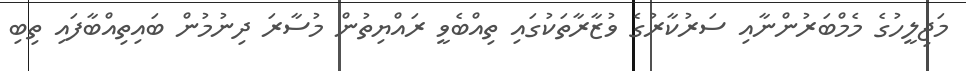
މަޖިލީހުގެ މެމްބަރުންނާއި ސަރުކާރުގެ ވުޒާރާތަކުގައި ތިއްބެވީ ރައްޔިތުން މުސާރަ ދިނުމުން ބައިތިއްބާފައި ތިބި